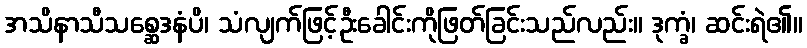
အသိနာသီသစ္ဆေဒနံပိ၊ သံလျက်ဖြင့်ဦးခေါင်းကိုဖြတ်ခြင်းသည်လည်း။ ဒုက္ခံ၊ ဆင်းရဲ၏။